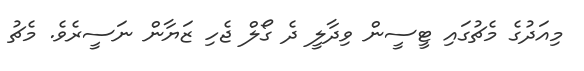
މިއަދުގެ މެޗުގައި ޓީސީން ވިދާލީ ދެ ގޯލް ޖެހި ޒަޔާން ނަސީރެވެ. މެޗު